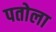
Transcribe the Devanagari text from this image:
पतोला